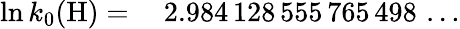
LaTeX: \begin{array}{rl}{\ln k_{0}(\mathrm{H})=}&{{}\ 2.984\, 128\, 555\, 765\, 498\, \ldots}\end{array}